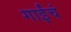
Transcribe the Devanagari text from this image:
गाईंचं